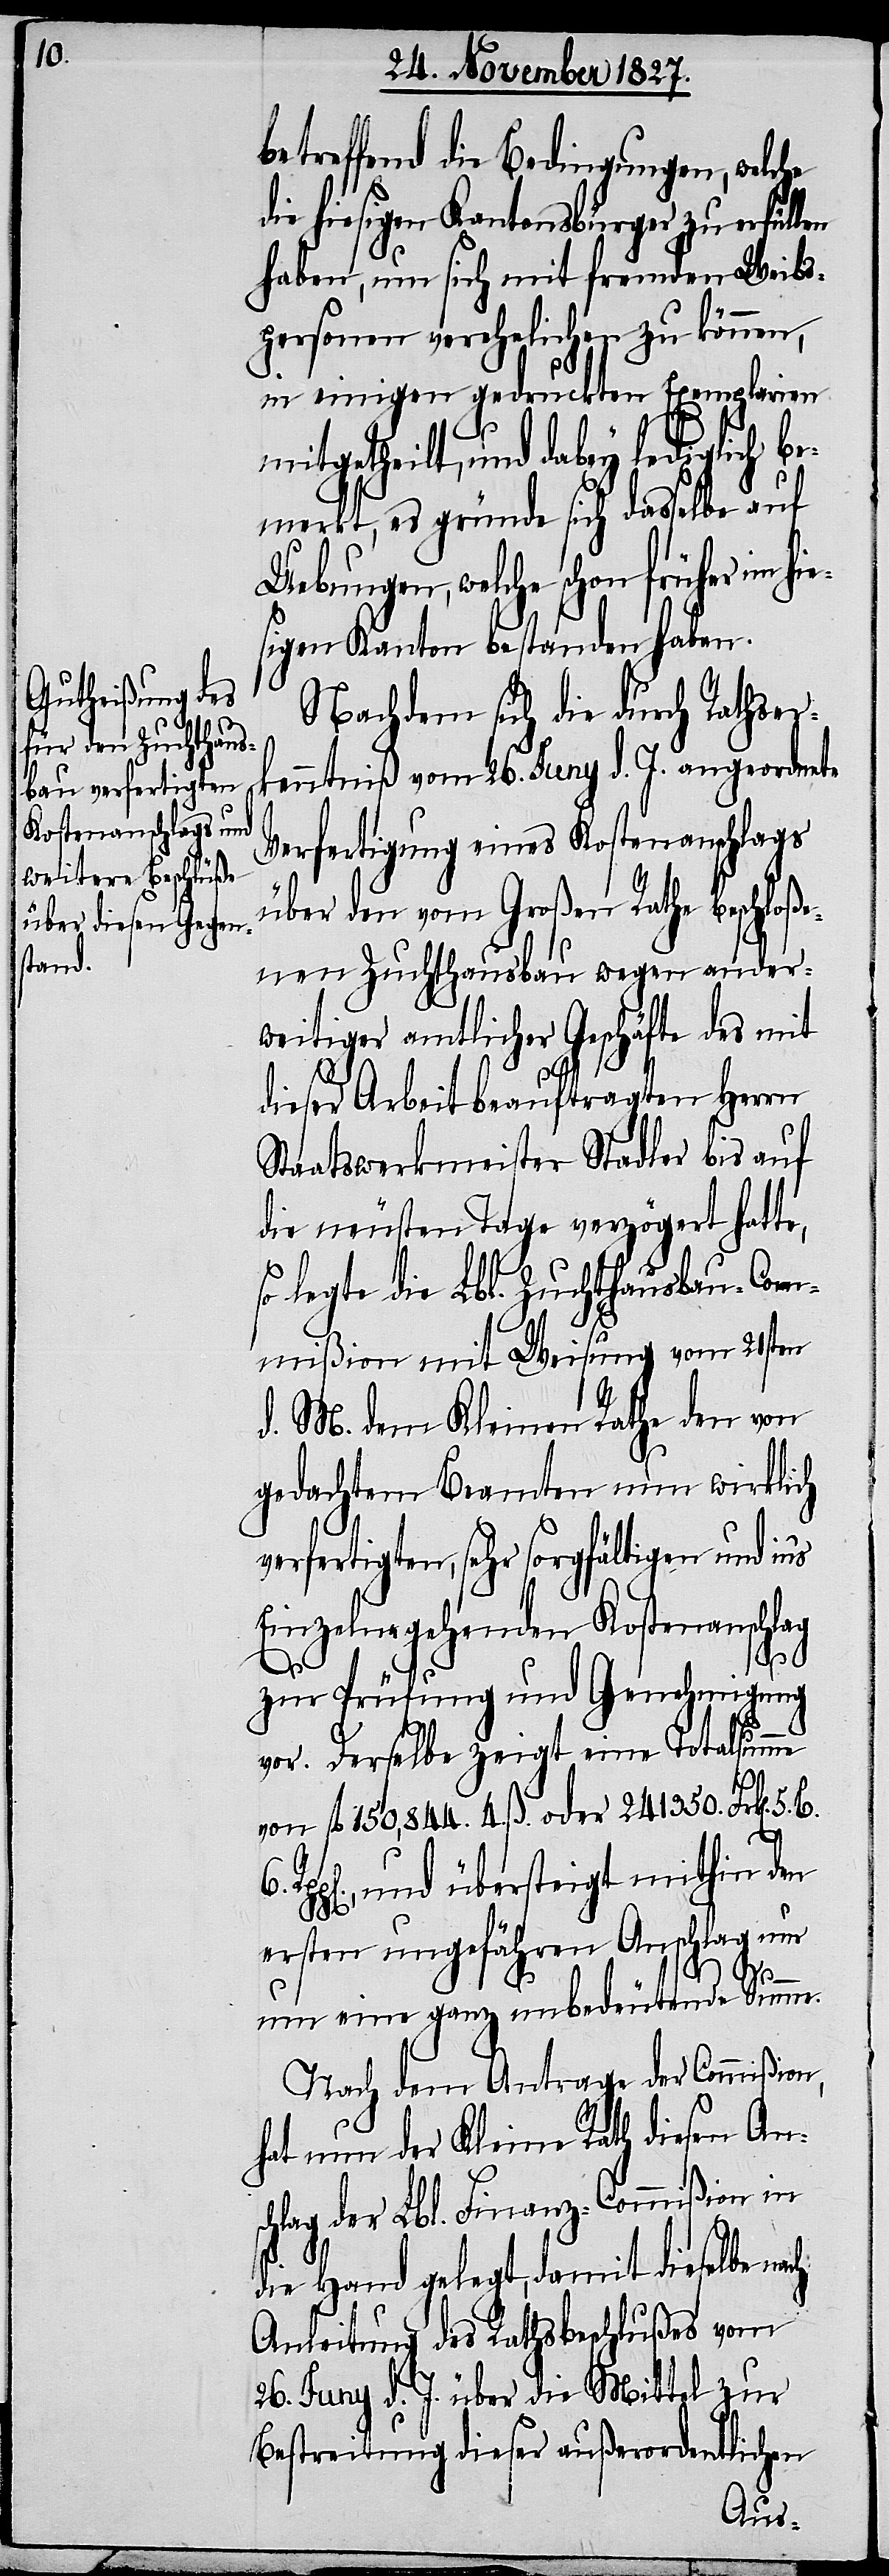
betreffend die Bedingungen, welche
die hiesigen Kantonsbürger zu erfüllen
haben, um sich mit fremden Weibs¬
personen verehelichen zu können,
in einigen gedruckten Exemplaren
mitgetheilt, und dabey lediglich be¬
merkt, es gründe sich dasselbe auf
Uebungen, welche schon früher im hi¬
sigen Kanton bestanden haben.
Nachdem sich die durch Rathser¬
kenntniß vom 26. Juny d. J. angeordnete
Verfertigung eines Kostenanschlags
über den vom Großen Rathe beschloß¬
enen Zuchthausbau wegen ander¬
weitiger amtlicher Geschäfte des mit
dieser Arbeit beauftragten Herrn
Staatswerkmeister Stadler bis auf
die neusten Tage verzögert hatte,
so legte die Lbl. Zuchthausbau-Com¬
Rp¬
mißion mit Weisung vom 21sten
d. M. dem Kleinen Rathe den vor
gedachtem Beamten nun wirklich
verfertigten, sehr sorgfältigen und in’s
Einzelne gehenden Kostenanschlag
ch
zur Prüfung und Genehmigung
vor. Derselbe zeigt eine Totalsumme
von fl. 150,844. 4. ß. oder 241350. Frk[en].
p[en]., und übersteigt mithin den
ersten ungefähren Anschlag nur
5.
um eine ganz unbedeutende Summe.
Nach dem Antrage der Commißion,
hat nun der Kleine Rath diesen An¬
hlag der Lbl. Finanz-Commißion in
die Hand gelegt, damit dieselbe na¬
Anleitung des Rathsbeschlußes vom
26. Juny d. J. über die Mittel zur
Bestreitung dieser außerordentlichen
e¬